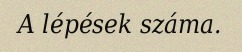
A lépések száma.